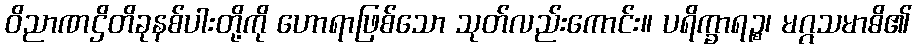
ဝိညာဏဌိတိခုနစ်ပါးတို့ကို ဟောရာဖြစ်သော သုတ်လည်းကောင်း။ ပရိက္ခာရဉ္စ၊ မဂ္ဂသမာဓိ၏